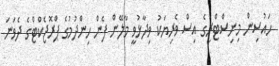
ހައުސިން މިނިސްޓްރީގެ އިސް ވެރިޔަކު ވިދާޅުވީ މާލޭން ފެން ހިންދުމުގެ ޕްރޮޖެކްޓްގެ ދެވަނަ